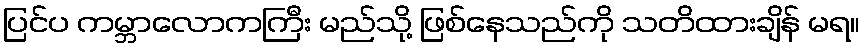
ပြင်ပ ကမ္ဘာလောကကြီး မည်သို့ ဖြစ်နေသည်ကို သတိထားချိန် မရ။